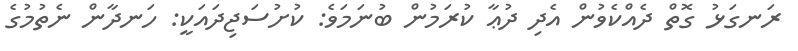
ރަނގަޅު ގޮތް ދެއްކެވުން އެދި ދުޢާ ކުރަމުން ބުނަމަވެ: ކުށުސަޖިދައަކީ: ހަނދާން ނެތުމުގެ